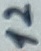
Text: 12